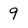
Character: 9